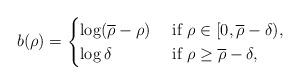
LaTeX: \begin{align*} b(\rho)= \begin{cases} \log (\overline{\rho}-\rho)&\mbox{ if }\rho \in [0, \overline{\rho}-\delta),\\ \log \delta &\mbox{ if }\rho \geq \overline{\rho}-\delta, \end{cases} \end{align*}